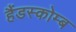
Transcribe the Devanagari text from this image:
हैंडस्कोम्ब